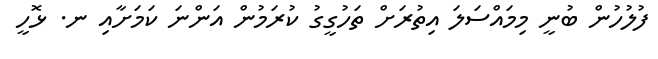
ފުލުހުން ބުނީ މިމައްސަލަ އިތުރަށް ތަހުގީގު ކުރަމުން އަންނަ ކަމަށާއި ނ. ޅޮހީ